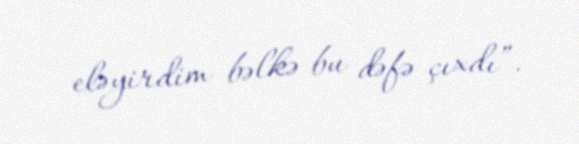
eləyirdim bəlkə bu dəfə çıxdı”.